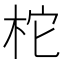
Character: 柁